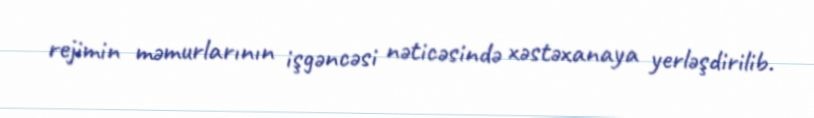
rejimin məmurlarının işgəncəsi nəticəsində xəstəxanaya yerləşdirilib.